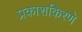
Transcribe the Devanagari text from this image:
प्रकाशकिरणे